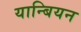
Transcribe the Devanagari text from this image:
यान्बियन